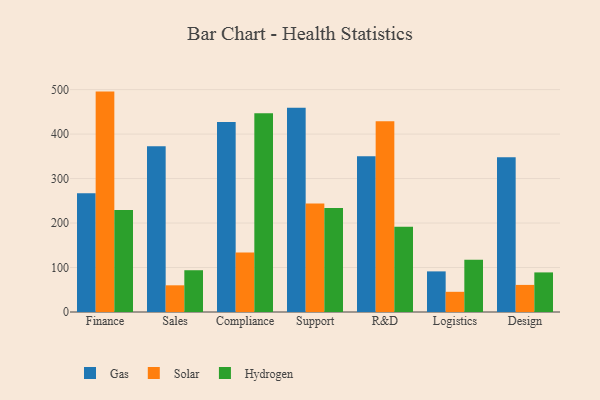
{"axis": {"x": "Department", "y": "Shipments"}, "legend": ["Gas", "Hydrogen", "Solar"], "data": [{"x": "Finance", "y": 267.0, "type": "Gas"}, {"x": "Finance", "y": 495.5, "type": "Solar"}, {"x": "Finance", "y": 229.5, "type": "Hydrogen"}, {"x": "Sales", "y": 372.4, "type": "Gas"}, {"x": "Sales", "y": 60.0, "type": "Solar"}, {"x": "Sales", "y": 93.9, "type": "Hydrogen"}, {"x": "Compliance", "y": 427.2, "type": "Gas"}, {"x": "Compliance", "y": 133.6, "type": "Solar"}, {"x": "Compliance", "y": 447.0, "type": "Hydrogen"}, {"x": "Support", "y": 459.2, "type": "Gas"}, {"x": "Support", "y": 244.1, "type": "Solar"}, {"x": "Support", "y": 233.9, "type": "Hydrogen"}, {"x": "R&D", "y": 350.0, "type": "Gas"}, {"x": "R&D", "y": 428.9, "type": "Solar"}, {"x": "R&D", "y": 191.4, "type": "Hydrogen"}, {"x": "Logistics", "y": 91.3, "type": "Gas"}, {"x": "Logistics", "y": 45.4, "type": "Solar"}, {"x": "Logistics", "y": 117.5, "type": "Hydrogen"}, {"x": "Design", "y": 347.8, "type": "Gas"}, {"x": "Design", "y": 60.9, "type": "Solar"}, {"x": "Design", "y": 89.0, "type": "Hydrogen"}]}